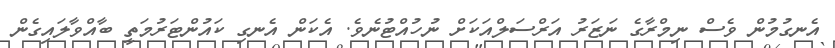
އެނގުމުން ވެސް ނިމްރާގެ ނަޒަރު އަރްސަލްއަކަށް ނުހުއްޓުނެވެ. އެކަން އެނގި ކައުންޓަރުމަތީ ބާއްވާލައިގެން